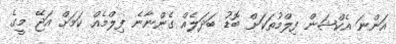
އަންނަ އެކްޝަން ފިލްމުތަކަށް ބޮޑު ބަދަލެއް ގެންނާނެ ފިލްމެއް ކަމަށް އަޖޭ މީގެ